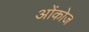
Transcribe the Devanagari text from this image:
ओंकोज